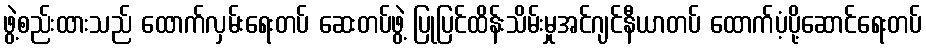
ဖွဲ့စည်းထားသည် ထောက်လှမ်းရေးတပ် ဆေးတပ်ဖွဲ့ ပြုပြင်ထိန်းသိမ်းမှုအင်ဂျင်နီယာတပ် ထောက်ပံ့ပို့ဆောင်ရေးတပ်